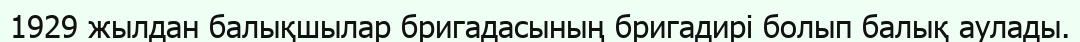
1929 жылдан балықшылар бригадасының бригадирі болып балық аулады.